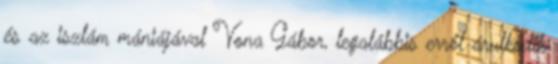
és az iszlám mániájával Vona Gábor, legalábbis erről árulkodik